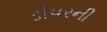
ડીપરની